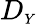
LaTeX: D_{\scriptscriptstyle{Y}}